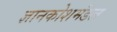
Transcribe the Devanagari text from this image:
ज्ञानकोशमंडल